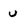
Character: u